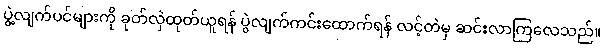
ပွဲ့လျက်ပင်များကို ခုတ်လှဲထုတ်ယူရန် ပွဲလျက်ကင်းထောက်ရန် လင့်တဲမှ ဆင်းလာကြလေသည်။